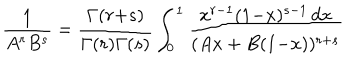
\frac { 1 } { A ^ { r } B ^ { s } } = \frac { \Gamma ( r { + } s ) } { \Gamma ( r ) \Gamma ( s ) } \int _ { 0 } ^ { 1 } \frac { x ^ { r - 1 } ( 1 { - } x ) ^ { s - 1 } \, d x } { ( A x + B ( 1 { - } x ) ) ^ { r + s } }